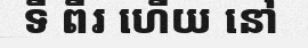
ទី ពីរ ហើយ នៅ